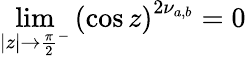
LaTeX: \displaystyle\operatorname*{lim}_{|z|\rightarrow{\frac{\pi}{2}}^{-}}{\left(\cos z\right)}^{2\nu_{a,b}}=0